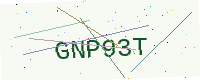
Text: GNP93T